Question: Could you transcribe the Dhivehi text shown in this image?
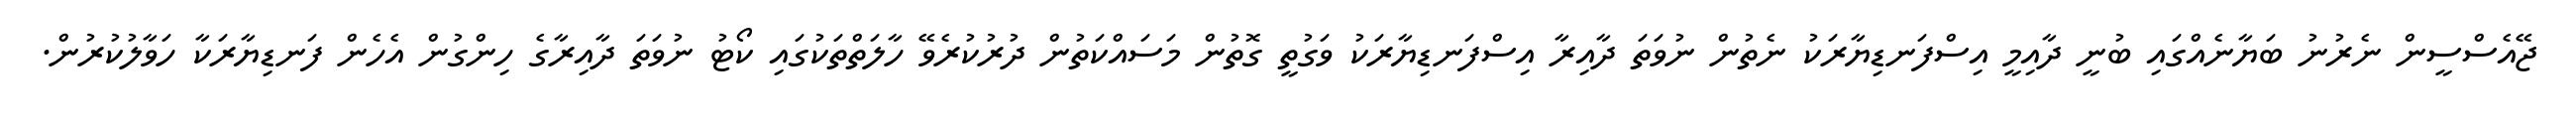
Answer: ޖޭއެސްސީން ނެރުނު ބަޔާނެއްގައި ބުނީ ދާއިމީ އިސްފަނޑިޔާރަކު ނެތުން ނުވަތަ ދާއިރާ އިސްފަނޑިޔާރަކު ވަގުތީ ގޮތުން މަސައްކަތުން ދުރުކުރެވޭ ހާލަތްތަކުގައި ކޯޓު ނުވަތަ ދާއިރާގެ ހިންގުން އެހެން ފަނޑިޔާރަކާ ހަވާލުކުރުން.